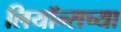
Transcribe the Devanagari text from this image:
लियॉन्सच्या